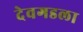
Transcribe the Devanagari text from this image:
देवगडला